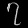
Digit: ၇